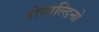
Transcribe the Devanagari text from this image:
रोनाल्डिनो